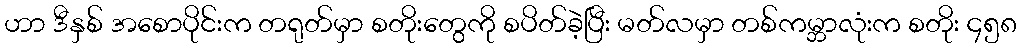
ဟာ ဒီနှစ် အစောပိုင်းက တရုတ်မှာ စတိုးတွေကို စပိတ်ခဲ့ပြီး မတ်လမှာ တစ်ကမ္ဘာလုံးက စတိုး ၄၅၈